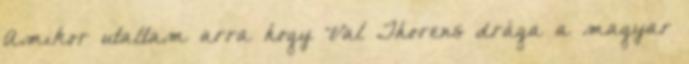
Amikor utaltam arra hogy Val Thorens drága a magyar